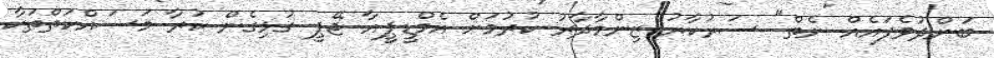
ބަންދުވެފައެއް ނެތް" ސަރުކާރު ޒިންމާދާރު ކުރުމަށް އެމްޑީޕީއާ ޖޭޕީ ގުޅިގެން ކުރާ މަސައްކަތްތަކާ